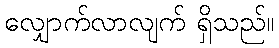
လျှောက်လာလျက် ရှိသည်။